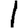
Digit: 1